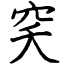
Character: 穾